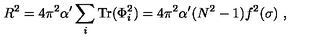
R ^ { 2 } = { 4 \pi ^ { 2 } \alpha ^ { \prime } } \sum _ { i } \mathrm { T r } ( \Phi _ { i } ^ { 2 } ) = { 4 \pi ^ { 2 } \alpha ^ { \prime } } ( N ^ { 2 } - 1 ) f ^ { 2 } ( \sigma ) \ ,